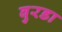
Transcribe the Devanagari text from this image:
बुरडा